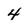
Character: 4